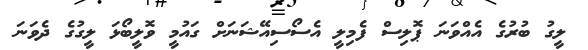
ލީގު ބުރުގެ އެއްވަނަ ޕޮލިސް ފެމިލީ އެސޯސިއޭޝަނަށް ގައުމީ ވޮލީބޯޅަ ލީގުގެ ދެވަނަ